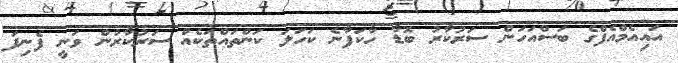
އައިއެމްއެފްގެ ބަސްއަހަން ސަރުކާރު ބޮޑާ ހާކަފާނެ ކަހަލަ ކަންތައްތަކެއް ސަރުކާރުން ވަނީ ފެނިފަ